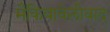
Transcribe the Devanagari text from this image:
मैकियावेलीवाद